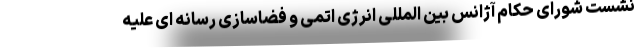
نشست شورای حکام آژانس بین المللی انرژی اتمی و فضاسازی رسانه ای علیه